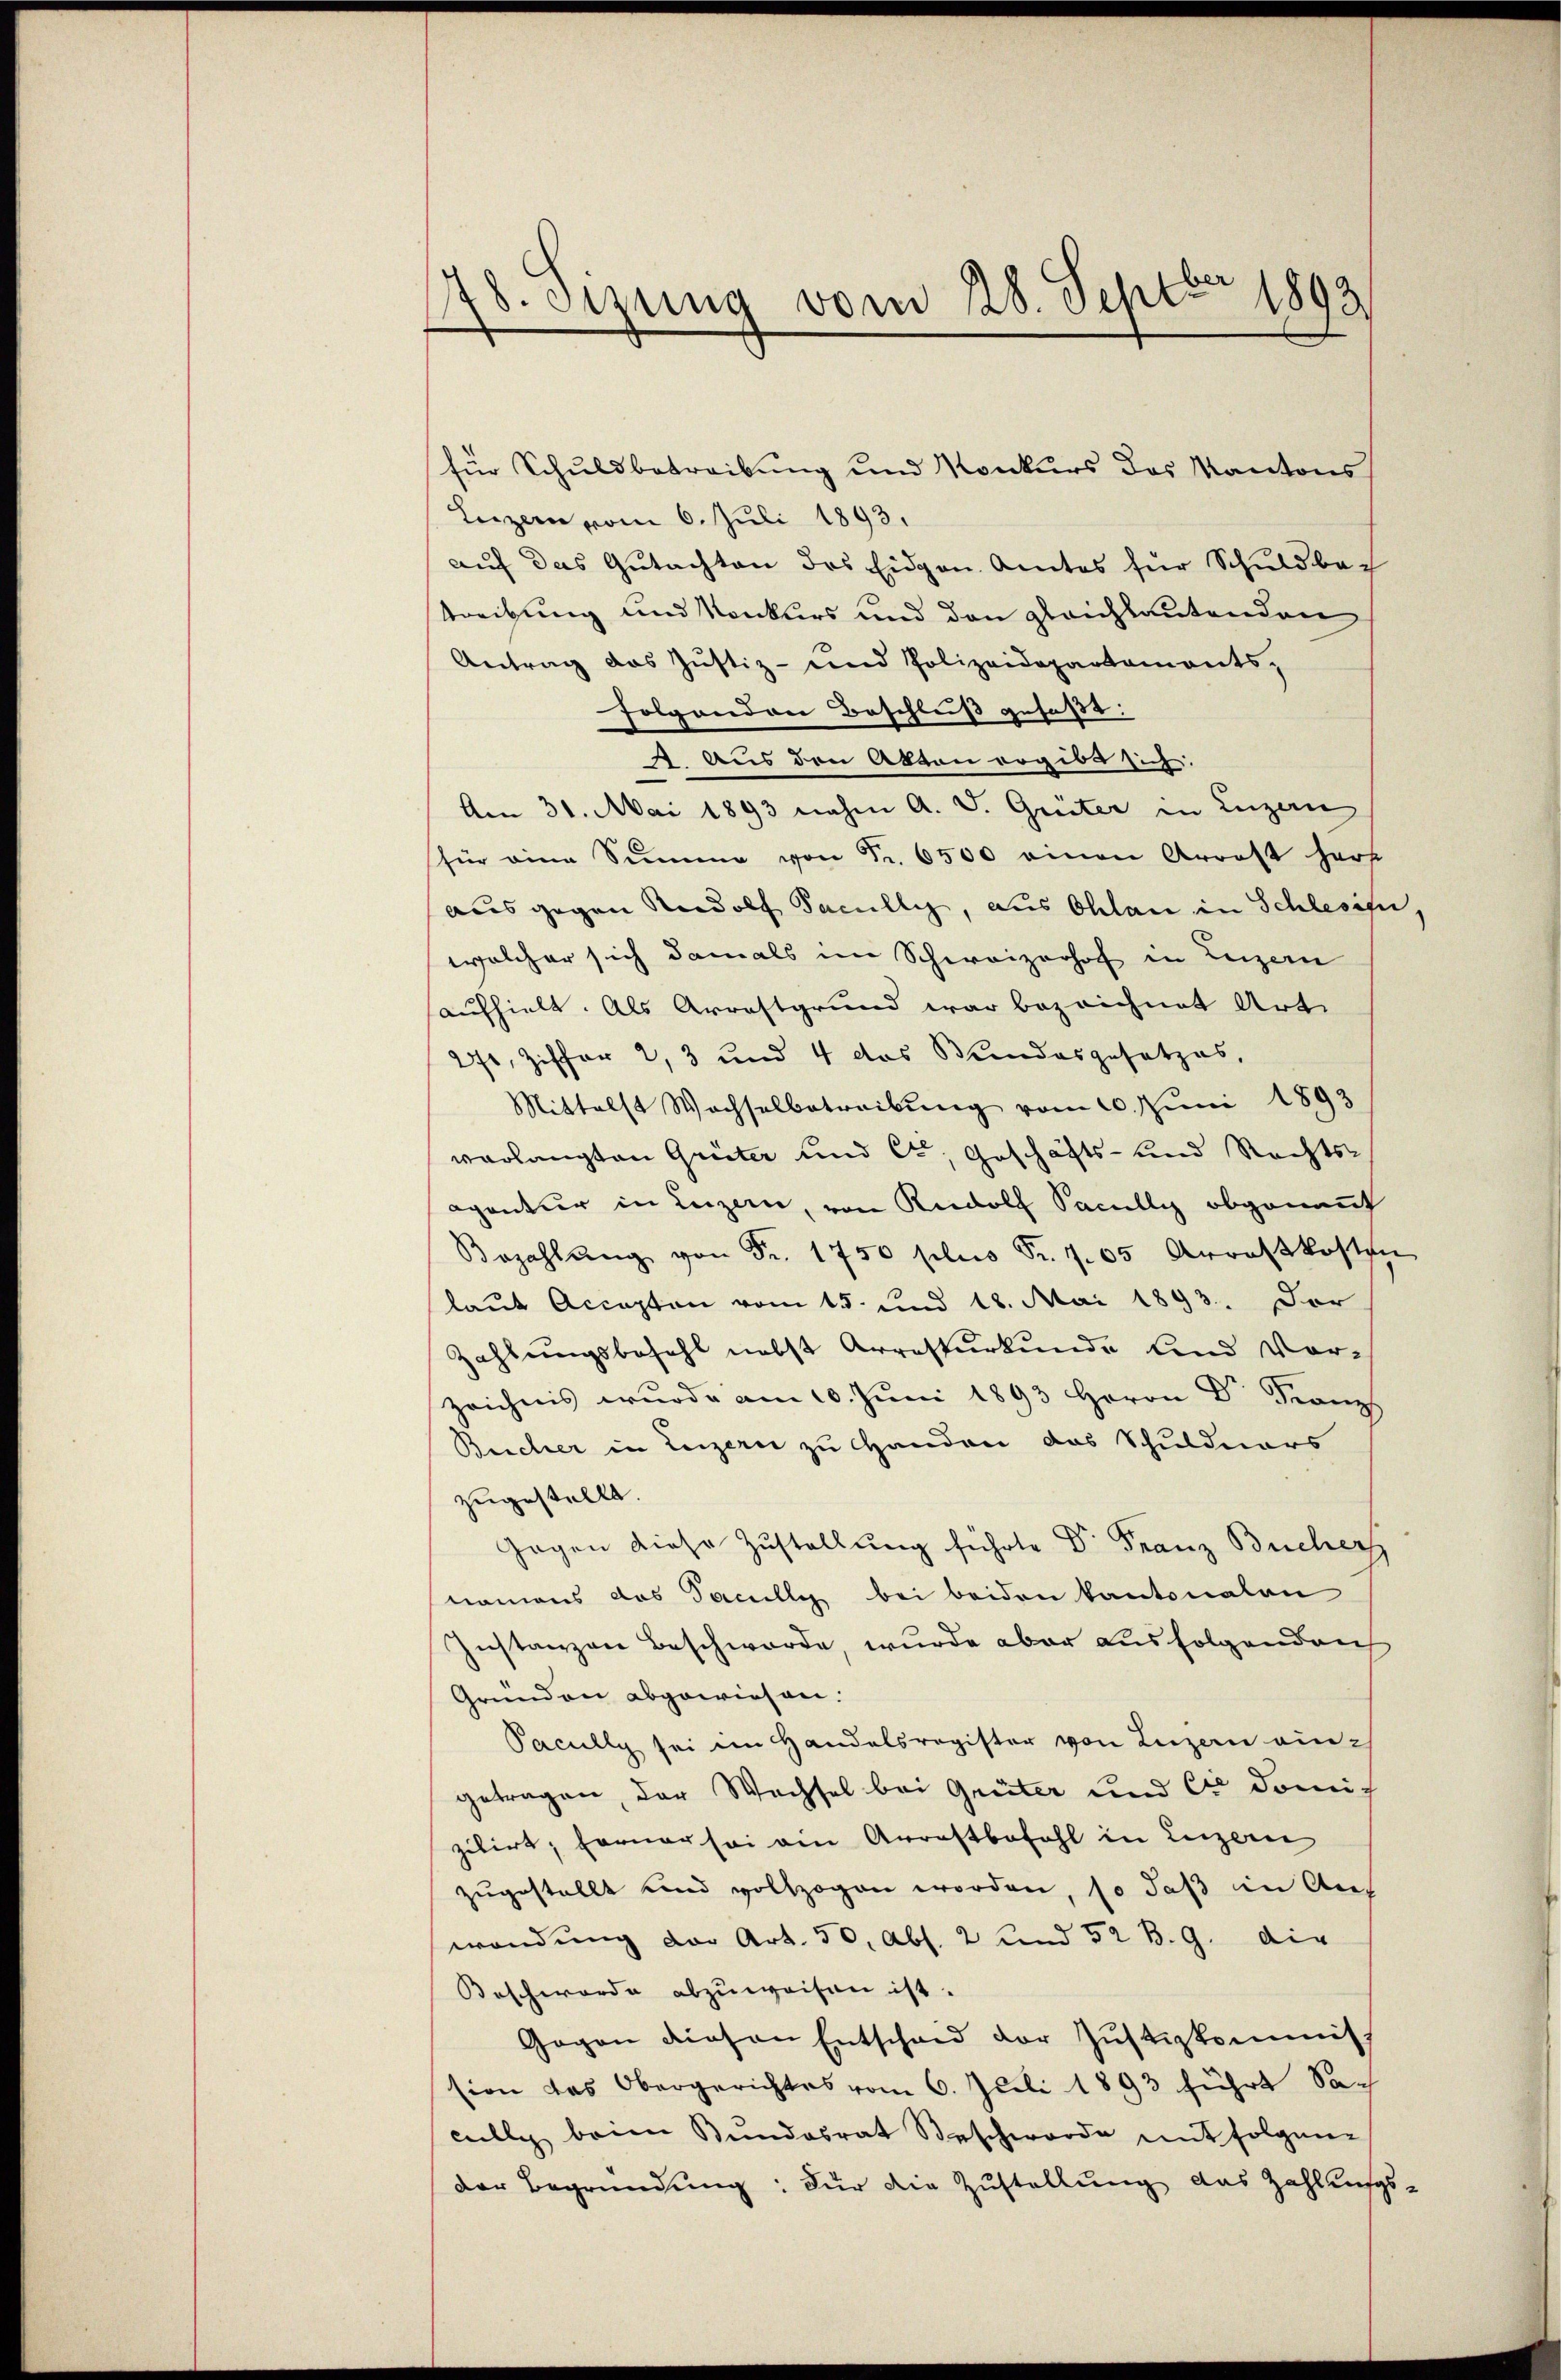
78. Sizung vom 28. Septbr 1893

für Schuldbetreibung und Konkurs des Kantons
Luzern vom 6. Juli 1893.
auf das Gutachten des Eidgen. Amtes für Schuldbach
treibung und Konkurs und den gleichlautenden
Antrag das Justiz- und Polizeidepartamentsfolgenden Beschluß gefaßt:
 Aus den Akten ergibt sich.
Am 31. Mai 1893 nahm A. V. Greiter in Luzern
für eine Summe von Fr. 6500 einen Arrest herr
ausgegen Rudolf Facully, aus Ohlau in Schlesis,
welcher sich damals im Schweizerhof in Luzern
aufhielt. Als Arrestgrund war bezeichnet Art.
271, Ziffer 2, 3 und 4 das Bundesgesetzes,
Mittelst Wachselbetreibŭng vom 20. Juni 1893
verlangten Greiter und Ct. Geschäfts- und Rechts-
epantur in Luzern, von Rudolf Facully obgenannt
Bezahlŭng von Fr. 1750 plus Fr. 705 Arrestkosten
laut Accepten vom 15. und 18. Mai 1893. Dor
Zahlungsbefehl nebst Arresturkunde land vor¬
Zeichnis wurde am 10. Juni 1893 Herrn Dr. Franz
Bucher in Luzern zu Handen das Schuldners
zugestellt.
Gegen diese Zustellung führte Dr. Franz Bucher
namens das Facully bei beiden kantonalen
Instanzen Beschwerde, wurde aber ausfolgenden
Grunden abgewiesen.
Pacully sei im Handelsregister von Luzern ein-
getragen, der Wechsel bei Greiter und Er damit
zibirt; ferner sei ein Arrestbefahl in Luzern
zugestellt und vollzogen worden, so daß in Aus
wendung der Art. 50, Abs. 2 und 52 B. G. die
Beschwerde abzuweisen ist.
Gegen diesen Entscheid der Justizkommis
sion das Obergerichtes vom 6. Juli 1893 führt Saculle beim Bundesrat Beschworde mit folgene
der Begründung: Für die Zustellung das Zahlungs-